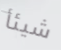
شيئأ